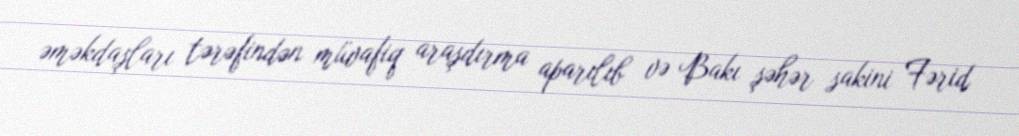
əməkdaşları tərəfindən müvafiq araşdırma aparılıb və Bakı şəhər sakini Fərid